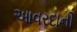
આવરદાની